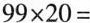
$$9 9 \times 2 0 =$$